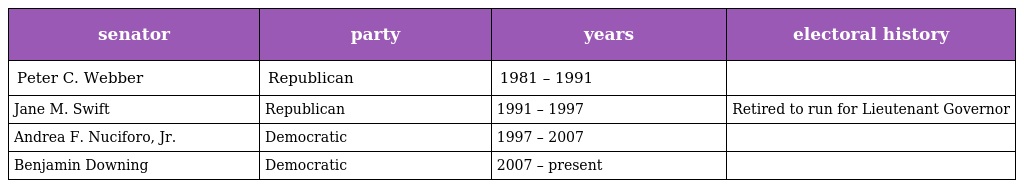
| senator | party | years | electoral history |
 | --- | --- | --- | --- |
 | Peter C. Webber | Republican | 1981 – 1991 |  |
 | Jane M. Swift | Republican | 1991 – 1997 | Retired to run for Lieutenant Governor |
 | Andrea F. Nuciforo, Jr. | Democratic | 1997 – 2007 |  |
 | Benjamin Downing | Democratic | 2007 – present |  |